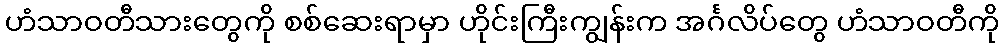
ဟံသာဝတီသားတွေကို စစ်ဆေးရာမှာ ဟိုင်းကြီးကျွန်းက အင်္ဂလိပ်တွေ ဟံသာဝတီကို